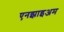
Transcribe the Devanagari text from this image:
एनझाइअम